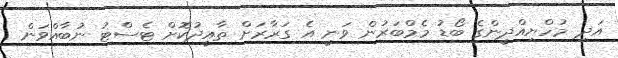
އަދި މުހްޔިއްދީންގެ ބޯޑު މެމްބަރުން ވަނީ އެ ގަރާރަށް ތާއީދުކޮށް ޓެސްޓު ނުބާއްވަން